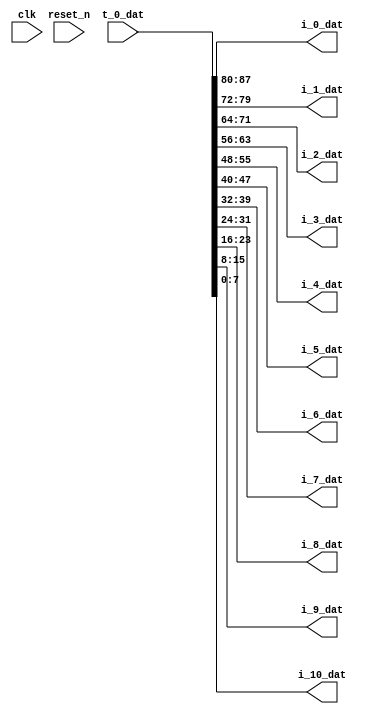


module cfg_dat_ (
    input        [511:0] t_0_dat,

    output       [7:0] i_0_dat,

    output       [7:0] i_1_dat,

    output       [7:0] i_2_dat,

    output       [7:0] i_3_dat,

    output       [7:0] i_4_dat,

    output       [7:0] i_5_dat,

    output       [7:0] i_6_dat,

    output       [7:0] i_7_dat,

    output       [7:0] i_8_dat,

    output       [7:0] i_9_dat,

    output       [7:0] i_10_dat,

    input clk, reset_n
);

assign {i_0_dat, i_1_dat, i_2_dat, i_3_dat, i_4_dat, i_5_dat, i_6_dat, i_7_dat, i_8_dat, i_9_dat, i_10_dat} = t_0_dat;

endmodule